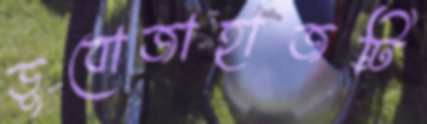
ডুবোজাহাজটি